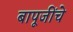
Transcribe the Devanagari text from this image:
बापूजींचे